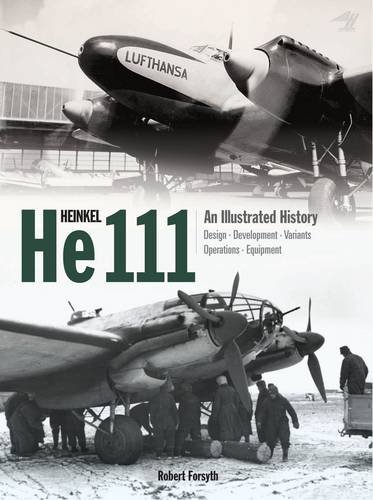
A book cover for Heinkel He 111: An Illustrated History; Robert Forsyth; Arts & Photography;